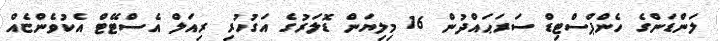
ލަންޑަންގެ ހެންޕްސްޓިޑް ސަރަޙައްދުން 16 މިލިޔަން ޑޮލަރުގެ އަގުހުރި ރިއަލް އެސްޓޭޓް އެކުވެންޏެއް